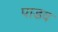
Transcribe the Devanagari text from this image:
पाडव